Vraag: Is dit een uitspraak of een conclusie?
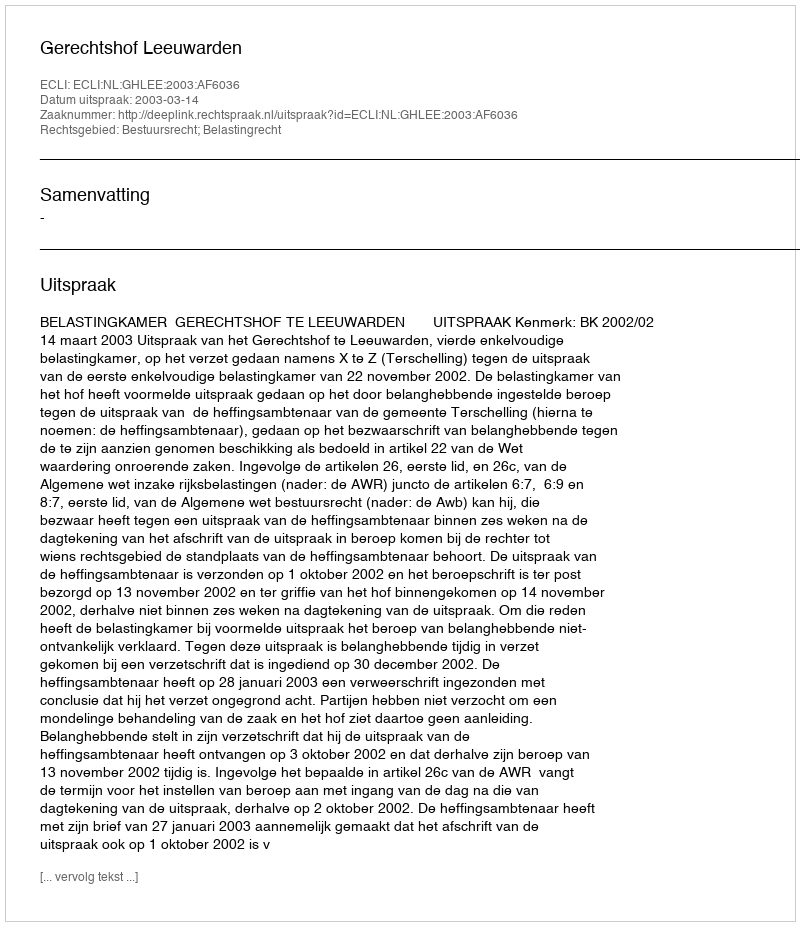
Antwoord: Uitspraak